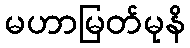
မဟာမြတ်မုနိ